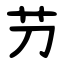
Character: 芀